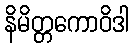
နိမိတ္တကောဝိဒါ